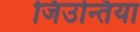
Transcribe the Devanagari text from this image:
जिउन्तिया